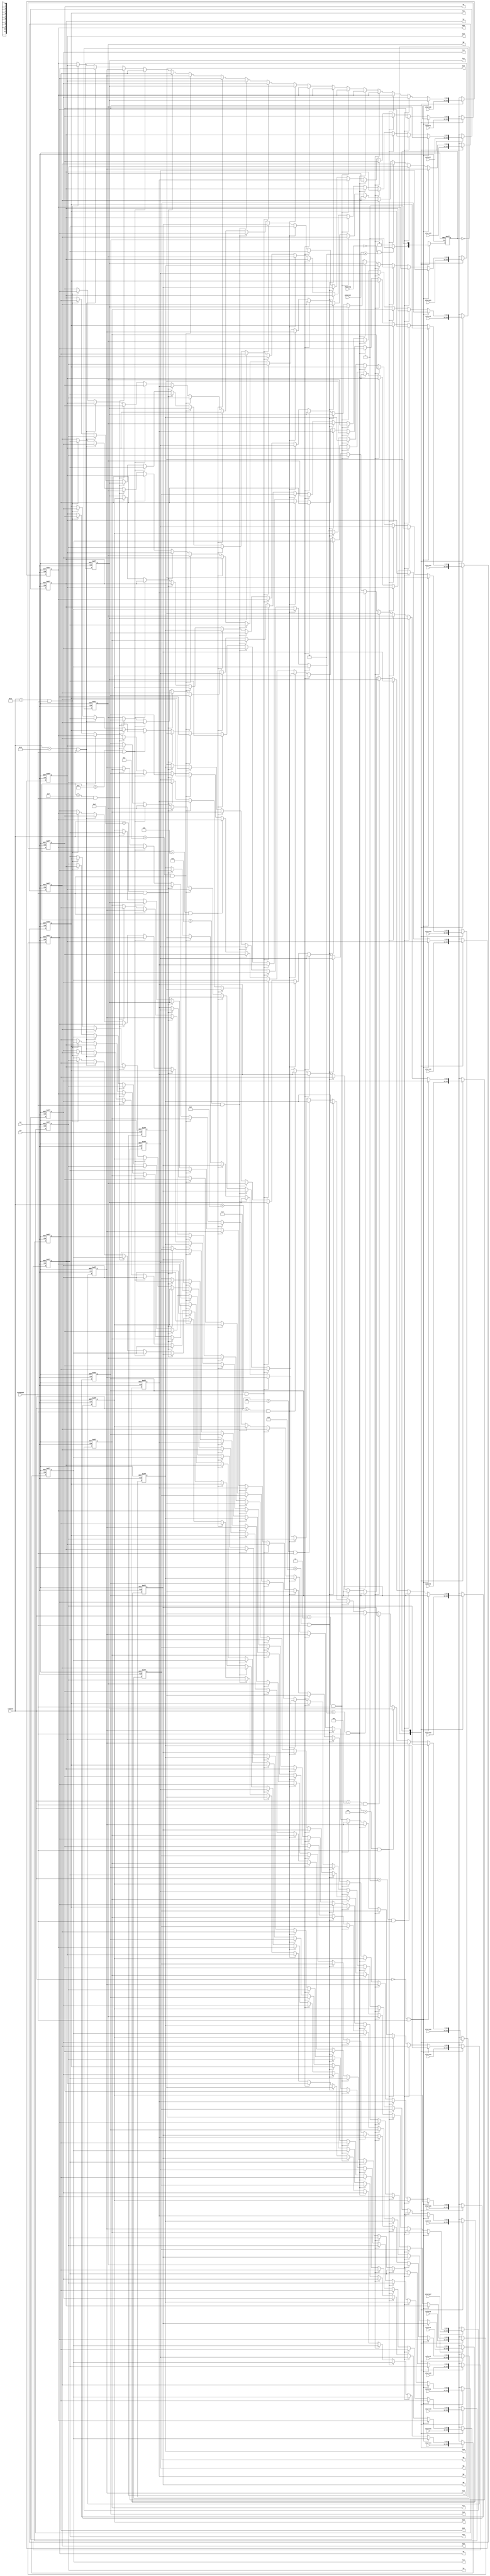
`define r 5'b00000
`define r_prime 5'b00001
`define f 5'b00010
`define f_prime 5'b00011
`define u 5'b00100
`define u_prime 5'b00101 
`define l 5'b00110 
`define l_prime 5'b00111
`define x 5'b01000
`define x_prime 5'b01001
`define y 5'b01010
`define y_prime 5'b01011
`define z 5'b01100
`define z_prime 5'b01101
`define b 5'b01110
`define b_prime 5'b01111
`define d 5'b10000
`define d_prime 5'b10001
module cube_cntrl(
input wire clk,
input wire rst,
input wire [4:0]command,
input wire [11:0] colors1,
input wire [11:0] colors2,
input wire [11:0] colors3,
input wire [11:0] colors4,
input wire [11:0] colors5,
input wire [11:0] colors6,
input wire [11:0] colors7,
input wire [11:0] colors8,
input wire [11:0] colors9,
input wire [11:0] colors10,
input wire [11:0] colors11,
input wire [11:0] colors12,
input wire [11:0] colors13,
input wire [11:0] colors14,
input wire [11:0] colors15,
input wire [11:0] colors16,
input wire [11:0] colors17,
input wire [11:0] colors18,
input wire [11:0] colors19,
input wire [11:0] colors20,
input wire [11:0] colors21,
input wire [11:0] colors22,
input wire [11:0] colors23,
input wire [11:0] colors24,
output reg [11:0] b1,
output reg [11:0] b2,
output reg [11:0] b3,
output reg [11:0] b4,
output reg [11:0] b5,
output reg [11:0] b6,
output reg [11:0] b7,
output reg [11:0] b8,
output reg [11:0] b9,
output reg [11:0] b10,
output reg [11:0] b11,
output reg [11:0] b12,
output reg [11:0] b13,
output reg [11:0] b14,
output reg [11:0] b15,
output reg [11:0] b16,
output reg [11:0] b17,
output reg [11:0] b18,
output reg [11:0] b19,
output reg [11:0] b20,
output reg [11:0] b21,
output reg [11:0] b22,
output reg [11:0] b23,
output reg [11:0] b24,

input wire choosing,
input wire [2:0]entercnt,
input wire ischanged //ischanged 
);

reg state,nextstate;
reg [11:0] nextb1,nextb2,nextb3,nextb4,nextb5,nextb6,nextb7,nextb8,nextb9,nextb10,nextb11,nextb12,
            nextb13,nextb14,nextb15,nextb16,nextb17,nextb18,nextb19,nextb20,nextb21,nextb22,nextb23,nextb24;
always@(posedge clk or posedge rst)begin
    if(rst)begin
        state<=0;
        b1<=0;
        b2<=0;
        b3<=0;
        b4<=0;
        b5<=0;
        b6<=0;
        b7<=0;
        b8<=0;
        b9<=0;
        b10<=0;
        b11<=0;
        b12<=0;
        b13<=0;
        b14<=0;
        b15<=0;
        b16<=0;
        b17<=0;
        b18<=0;
        b19<=0;
        b20<=0;
        b21<=0;
        b22<=0;
        b23<=0;
        b24<=0;
    end
    else begin
        state<=nextstate;
        b1<=nextb1;
        b2<=nextb2;
        b3<=nextb3;
        b4<=nextb4;
        b5<=nextb5;
        b6<=nextb6;
        b7<=nextb7;
        b8<=nextb8;
        b9<=nextb9;
        b10<=nextb10;
        b11<=nextb11;
        b12<=nextb12;
        b13<=nextb13;
        b14<=nextb14;
        b15<=nextb15;
        b16<=nextb16;
        b17<=nextb17;
        b18<=nextb18;
        b19<=nextb19;
        b20<=nextb20;
        b21<=nextb21;
        b22<=nextb22;
        b23<=nextb23;
        b24<=nextb24;
    end

end

always@(*)begin
    nextstate=state;
    nextb1=b1; nextb2=b2; nextb3=b3; nextb4=b4; nextb5=b5; nextb6=b6; nextb7=b7; nextb8=b8; nextb9=b9; nextb10=b10; nextb11=b11; nextb12=b12;
    nextb13=b13; nextb14=b14; nextb15=b15; nextb16=b16; nextb17=b17; nextb18=b18; nextb19=b19; nextb20=b20; nextb21=b21; nextb22=b22; nextb23=b23; nextb24=b24;
    case(state)
        1'b0:begin
            nextb1=colors1;
            nextb2=colors2;
            nextb3=colors3;
            nextb4=colors4;
            nextb5=colors5;
            nextb6=colors6;
            nextb7=colors7;
            nextb8=colors8;
            nextb9=colors9;
            nextb10=colors10;
            nextb11=colors11;
            nextb12=colors12;
            nextb13=colors13;
            nextb14=colors14;
            nextb15=colors15;
            nextb16=colors16;
            nextb17=colors17;
            nextb18=colors18;
            nextb19=colors19;
            nextb20=colors20;
            nextb21=colors21;
            nextb22=colors22;
            nextb23=colors23;
            nextb24=colors24;
            nextstate=(choosing==0 && entercnt>=2)? 1:0;
        end
        1'b1:begin
            if(command==`r&&ischanged)begin
                nextb11=b4;
                nextb10=b3;
                nextb4=b24;
                nextb3=b23;
                nextb24=b20;
                nextb23=b19;
                nextb20=b11;
                nextb19=b10;
                nextb6=b5;
                nextb5=b7;
                nextb7=b8;
                nextb8=b6;
            end
            else if(command==`r_prime&&ischanged)begin
                nextb3=b10;
                nextb4=b11;
                nextb10=b19;
                nextb11=b20;
                nextb19=b23;
                nextb20=b24;
                nextb23=b3;
                nextb24=b4;
                nextb7=b5;
                nextb8=b7;
                nextb6=b8;
                nextb5=b6;
            end
            else if(command==`u&&ischanged)begin
                nextb2=b6;
                nextb4=b8;
                nextb6=b19;
                nextb8=b17;
                nextb19=b15;
                nextb17=b13;
                nextb15=b2;
                nextb13=b4;
                nextb10=b11;
                nextb11=b12;
                nextb12=b9;
                nextb9=b10;
            end
            else if(command==`u_prime&&ischanged)begin
                nextb6=b2;
                nextb8=b4;
                nextb2=b15;
                nextb4=b13;
                nextb15=b19;
                nextb13=b17;
                nextb19=b6;
                nextb17=b8;
                nextb10=b9;
                nextb9=b12;
                nextb12=b11;
                nextb11=b10;
            end
            else if(command==`f&&ischanged)begin
                nextb10=b13;
                nextb9=b14;
                nextb13=b21;
                nextb14=b24;
                nextb21=b5;
                nextb24=b6;
                nextb5=b10;
                nextb6=b9;
                nextb3=b4;
                nextb4=b2;
                nextb2=b1;
                nextb1=b3;
            end
            else if(command==`f_prime&&ischanged)begin
                nextb24=b14;
                nextb21=b13;
                nextb14=b9;
                nextb13=b10;
                nextb9=b6;
                nextb10=b5;
                nextb6=b24;
                nextb5=b21;
                nextb1=b2;
                nextb2=b4;
                nextb4=b3;
                nextb3=b1;
            end
            else if(command==`l&&ischanged)begin
                nextb1=b9;
                nextb2=b12;
                nextb9=b17;
                nextb12=b18;
                nextb17=b22;
                nextb18=b21;
                nextb22=b1;
                nextb21=b2;
                nextb15=b16;
                nextb16=b14;
                nextb14=b13;
                nextb13=b15;
            end
            else if(command==`l_prime&&ischanged)begin
                nextb1=b22;
                nextb2=b21;
                nextb22=b17;
                nextb21=b18;
                nextb17=b9;
                nextb18=b12;
                nextb9=b1;
                nextb12=b2;
                nextb13=b14;
                nextb14=b16;
                nextb16=b15;
                nextb15=b13;
            end
            else if(command==`x&&ischanged)begin
                nextb12=b2;
                nextb11=b4;
                nextb9=b1;
                nextb10=b3;
                nextb2=b21;
                nextb4=b24;
                nextb1=b22;
                nextb3=b23;
                nextb21=b18;
                nextb24=b20;
                nextb22=b17;
                nextb23=b19;
                nextb18=b12;
                nextb20=b11;
                nextb17=b9;
                nextb19=b10;
                nextb5=b7;
                nextb7=b8;
                nextb8=b6;
                nextb6=b5;
                nextb13=b14;
                nextb14=b16;
                nextb16=b15;
                nextb15=b13;
            end
            else if(command==`x_prime&&ischanged)begin
                nextb1=b9;
                nextb2=b12;
                nextb3=b10;                
                nextb4=b11;
                nextb9=b17;
                nextb12=b18;
                nextb10=b19;
                nextb11=b20;
                nextb17=b22;
                nextb18=b21;
                nextb19=b23;
                nextb20=b24;
                nextb22=b1;
                nextb21=b2;
                nextb23=b3;
                nextb24=b4;
                nextb5=b6;
                nextb6=b8;
                nextb7=b5;
                nextb8=b7;
                nextb13=b15;
                nextb14=b13;
                nextb15=b16;
                nextb16=b14;
            end
            else if(command==`y&&ischanged)begin
                nextb1=b5;
                nextb2=b6;
                nextb3=b7;
                nextb4=b8;
                nextb5=b20;
                nextb6=b19;
                nextb7=b18;
                nextb8=b17;
                nextb20=b16;
                nextb19=b15;
                nextb18=b14;
                nextb17=b13;
                nextb16=b1;
                nextb15=b2;
                nextb14=b3;
                nextb13=b4;
                nextb9=b10;
                nextb10=b11;
                nextb11=b12;
                nextb12=b9;
                nextb21=b24;
                nextb22=b21;
                nextb23=b22;
                nextb24=b23;
            end
            else if(command==`y_prime&&ischanged)begin
                //16
                nextb1=b16;
                //15;
                nextb2=b15;
                //14;
                nextb3=b14;
                //13;
                nextb4=b13;
                //1;
                nextb5=b1;
                //2;
                nextb6=b2;
                //3;
                nextb7=b3;
                //4;
                nextb8=b4;
                //12
                nextb9=b12;
                //9
                nextb10=b9;
                //10
                nextb11=b10;
                //11
                nextb12=b11;
                //17
                nextb13=b17;
                //18
                nextb14=b18;
                //19
                nextb15=b19;
                //20
                nextb16=b20;
                //8
                nextb17=b8;
                //7
                nextb18=b7;
                //6
                nextb19=b6;
                //5
                nextb20=b5;
                //22
                nextb21=b22;
                //23
                nextb22=b23;
                //24
                nextb23=b24;
                //21
                nextb24=b21;
            end
            else if(command==`z&&ischanged)begin
                //3
                nextb1=b3;
                //1
                nextb2=b1;
                //4
                nextb3=b4;
                //2
                nextb4=b2;
                //10
                nextb5=b10;
                //9
                nextb6=b9;
                //11
                nextb7=b11;
                //12
                nextb8=b12;
                //14
                nextb9=b14;
                //13
                nextb10=b13;
                //15
                nextb11=b15;
                //16
                nextb12=b16;
                //21
                nextb13=b21;
                //24
                nextb14=b24;
                //22
                nextb15=b22;
                //23
                nextb16=b23;
                //18
                nextb17=b18;
                //20
                nextb18=b20;
                //17
                nextb19=b17;
                //19
                nextb20=b19;
                //5
                nextb21=b5;
                //7
                nextb22=b7;
                //8
                nextb23=b8;
                //6
                nextb24=b6;
            end
            else if(command==`z_prime&&ischanged)begin
                //2
                nextb1=b2;
                //4
                nextb2=b4;
                //1
                nextb3=b1;
                //3
                nextb4=b3;
                //21
                nextb5=b21;
                //24
                nextb6=b24;
                //22
                nextb7=b22;
                //23
                nextb8=b23;
                //6
                nextb9=b6;
                //5
                nextb10=b5;
                //7
                nextb11=b7;
                //8
                nextb12=b8;
                //10
                nextb13=b10;
                //9
                nextb14=b9;
                //11
                nextb15=b11;
                //12
                nextb16=b12;
                //19
                nextb17=b19;
                //17
                nextb18=b17;
                //20
                nextb19=b20;
                //18
                nextb20=b18;
                //13
                nextb21=b13;
                //15
                nextb22=b15;
                //16
                nextb23=b16;
                //14
                nextb24=b14;
            end
            else if(command==`b&&ischanged)begin
                nextb12=b8;
                nextb11=b7;
                nextb8=b23;
                nextb7=b22;
                nextb23=b16;
                nextb22=b15;
                nextb16=b12;
                nextb15=b11;
                nextb19=b20;
                nextb20=b18;
                nextb18=b17;
                nextb17=b19;
            end
            else if(command==`b_prime&&ischanged)begin
                nextb12=b16;
                nextb11=b15;
                nextb16=b23;
                nextb15=b22;
                nextb23=b8;
                nextb22=b7;
                nextb8=b12;
                nextb7=b11;
                nextb19=b17;
                nextb17=b18;
                nextb18=b20;
                nextb20=b19;
            end
            else if(command==`d&& ischanged)begin
                nextb1=b16;
                nextb3=b14;
                nextb16=b20;
                nextb14=b18;
                nextb20=b5;
                nextb18=b7;
                nextb5=b1;
                nextb7=b3;
                nextb21=b22;
                nextb22=b23;
                nextb23=b24;
                nextb24=b21;
            end
            else if(command==`d_prime&& ischanged)begin
                nextb1=b5;
                nextb3=b7;
                nextb5=b20;
                nextb7=b18;
                nextb20=b16;
                nextb18=b14;
                nextb16=b1;
                nextb14=b3;
                nextb21=b24;
                nextb24=b23;
                nextb23=b22;
                nextb22=b21;
            end

        end
    endcase


    

end

endmodule